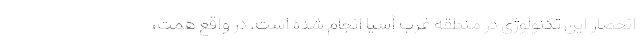
انحصار این تکنولوژی در منطقه غرب آسیا انجام شده است. در واقع همت،